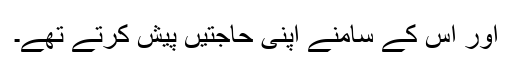
اور اس کے سامنے اپنی حاجتیں پیش کرتے تھے۔